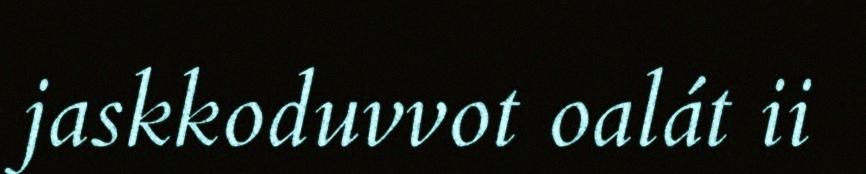
jaskkoduvvot oalát ii